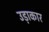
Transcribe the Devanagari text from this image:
उड़ाकार